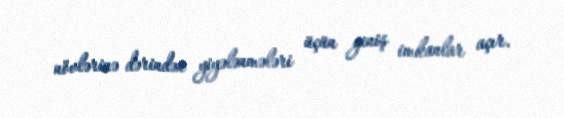
növlərinə dərindən yiyələnmələri üçün geniş imkanlar açır.